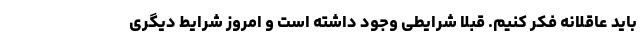
باید عاقلانه فکر کنیم. قبلا شرایطی وجود داشته است و امروز شرایط دیگری